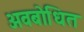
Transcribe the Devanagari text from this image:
अवबोधित